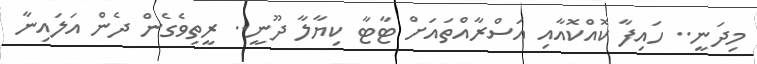
މިދަނީ.. ހައިފާ ކޮއްކޮއާއި އަސްރާއްތައަށް ޓާޓާ ކިޔާލާ ދޫނީ.. ރީތިވެގެން ދެން އަލައިނާ